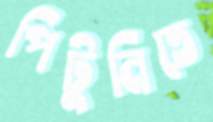
পিটুনিতে